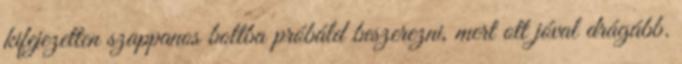
kifejezetten szappanos boltba próbáld beszerezni, mert ott jóval drágább.